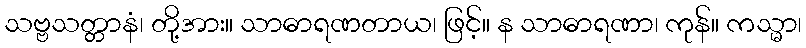
သဗ္ဗသတ္တာနံ၊ တို့အား။ သာဓာရဏတာယ၊ ဖြင့်။ န သာဓာရဏာ၊ ကုန်။ ကသ္မာ၊